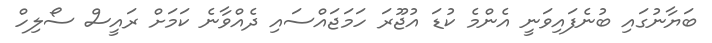
ބަޔާނުގައި ބުނެފައިވަނީ އެންމެ ކުޑަ އުޖޫރަ ހަމަޖައްސައި ދެއްވާނެ ކަމަށް ރައީސް ސޯލިހް